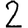
Digit: 2